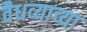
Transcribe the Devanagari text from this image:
वैधव्याच्या